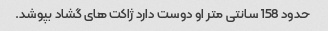
حدود 158 سانتی متر او دوست دارد ژاکت های گشاد بپوشد.